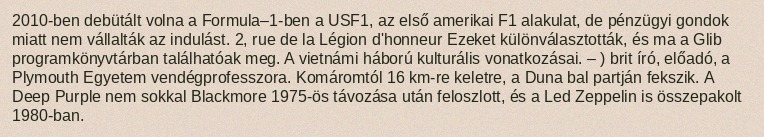
2010-ben debütált volna a Formula–1-ben a USF1, az első amerikai F1 alakulat, de pénzügyi gondok miatt nem vállalták az indulást. 2, rue de la Légion d'honneur Ezeket különválasztották, és ma a Glib programkönyvtárban találhatóak meg. A vietnámi háború kulturális vonatkozásai. – ) brit író, előadó, a Plymouth Egyetem vendégprofesszora. Komáromtól 16 km-re keletre, a Duna bal partján fekszik. A Deep Purple nem sokkal Blackmore 1975-ös távozása után feloszlott, és a Led Zeppelin is összepakolt 1980-ban.